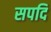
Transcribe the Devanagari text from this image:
सपदि